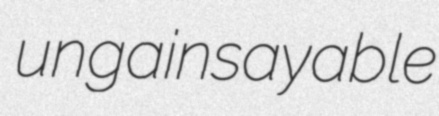
ungainsayable